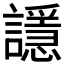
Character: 𲁼